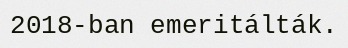
2018-ban emeritálták.